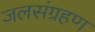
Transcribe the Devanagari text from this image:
जलसंग्रहण